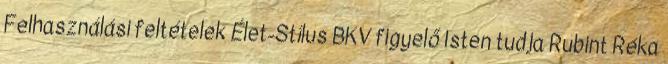
Felhasználási feltételek Élet-Stílus BKV figyelő Isten tudja Rubint Réka